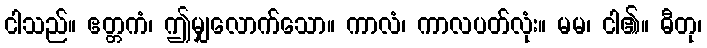
ငါသည်။ ဧတ္တကံ၊ ဤမျှလောက်သော။ ကာလံ၊ ကာလပတ်လုံး။ မမ၊ ငါ၏။ ဓီတု၊